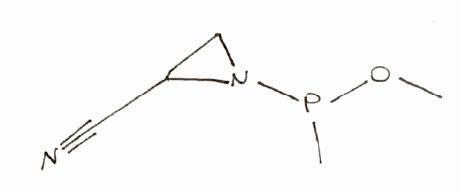
Simplified molecular-input line-entry system (SMILES) notation of the given molecule:
COP(C)N1CC1C#N